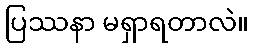
ပြဿနာ မရှာရတာလဲ။